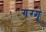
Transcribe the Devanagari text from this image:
गग्गू